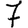
Digit: 7